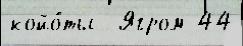
койо́ты  Ягром 44